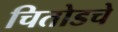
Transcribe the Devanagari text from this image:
चितोडचे